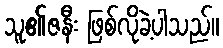
သူ၏ဇနီး ဖြစ်လိုခဲ့ပါသည်။